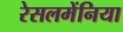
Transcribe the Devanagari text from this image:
रेसलमेंनिया